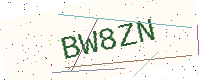
Text: BW8ZN